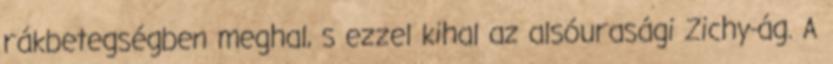
rákbetegségben meghal, s ezzel kihal az alsóurasági Zichy-ág. A